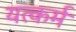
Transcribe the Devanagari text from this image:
यत्कर्म